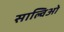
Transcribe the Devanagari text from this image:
साल्विओ